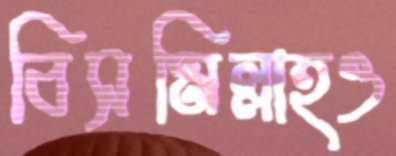
বিসমিল্লাহও